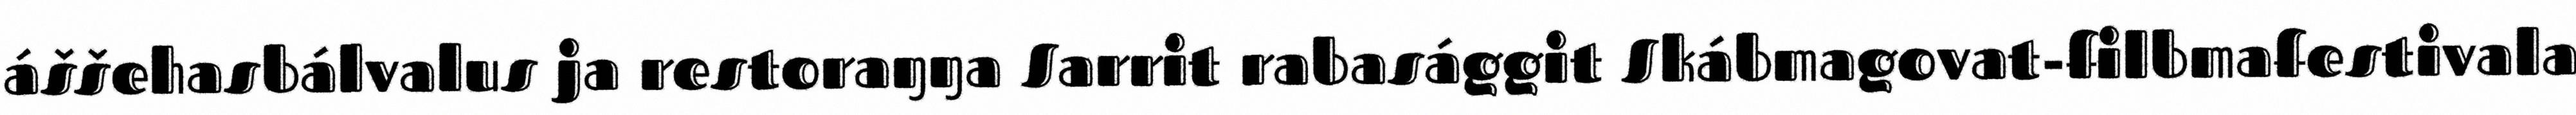
áššehasbálvalus ja restoraŋŋa Sarrit rabasággit Skábmagovat-filbmafestivala